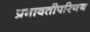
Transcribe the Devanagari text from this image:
प्रभावतीपरिणय